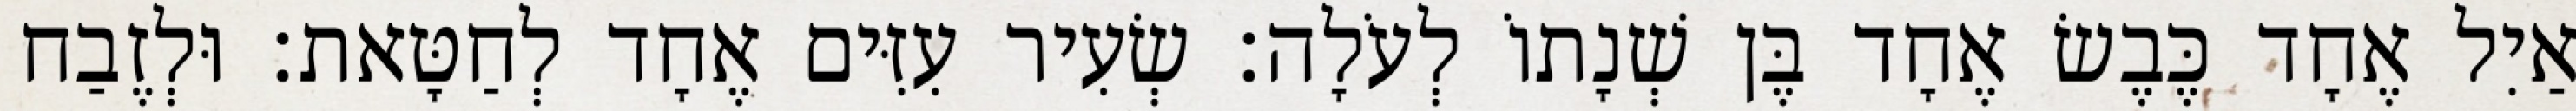
אַיִל אֶחָד כֶּבֶשׂ אֶחָד בֶּן שְׁנָתוֹ לְעֹלָה׃ שְׂעִיר עִזִּים אֶחָד לְחַטָּאת׃ וּלְזֶבַח